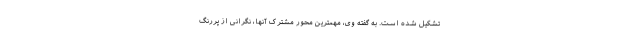
تشکیل شده است. به گفته وی، مهمترین محور مشترک آنها، نگرانی از پررنگ